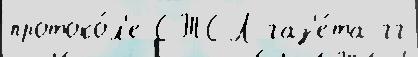
протоко́л'е СТСЛ газ'е́та гг